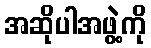
အဆိုပါအဖွဲ့ကို